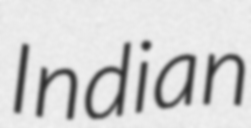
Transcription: Indian